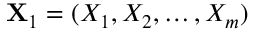
\mathbf { X } _ { 1 } = ( X _ { 1 } , X _ { 2 } , \ldots , X _ { m } )